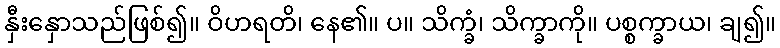
နှီးနှောသည်ဖြစ်၍။ ဝိဟရတိ၊ နေ၏။ ပ။ သိက္ခံ၊ သိက္ခာကို။ ပစ္စက္ခာယ၊ ချ၍။